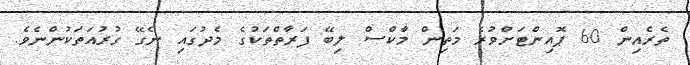
ތެރެއިން 60 ޕޮއިންޓަށްވުރެ މަތިން މާކްސް ލިބޭ ފަރާތްތަކުގެ މެދުގައި ނެގޭ ގުރުއަތަކުންނެވެ.